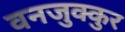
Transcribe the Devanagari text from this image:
वनजुक्कुर